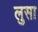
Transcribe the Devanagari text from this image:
लुसा